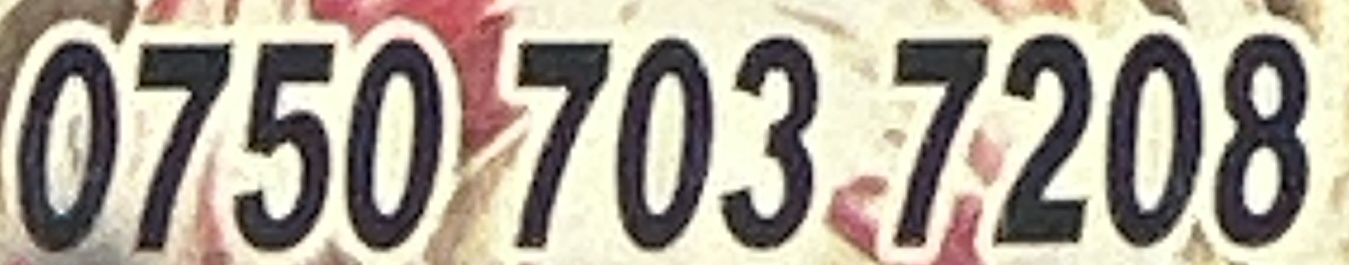
0750 703 7208